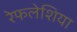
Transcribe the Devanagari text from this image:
रेफलेशिया